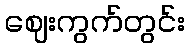
ဈေးကွက်တွင်း